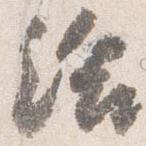
給